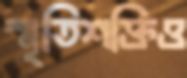
স্মৃতিশক্তিও